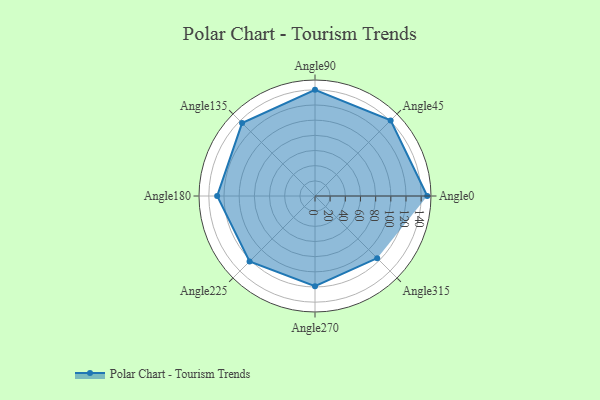
{"axis": {"x": "Angle", "y": "Radius"}, "legend": [""], "data": [{"x": "Angle0", "y": 148.0, "type": ""}, {"x": "Angle45", "y": 141.0, "type": ""}, {"x": "Angle90", "y": 140.0, "type": ""}, {"x": "Angle135", "y": 136.0, "type": ""}, {"x": "Angle180", "y": 129.0, "type": ""}, {"x": "Angle225", "y": 122.0, "type": ""}, {"x": "Angle270", "y": 119.0, "type": ""}, {"x": "Angle315", "y": 116.0, "type": ""}]}